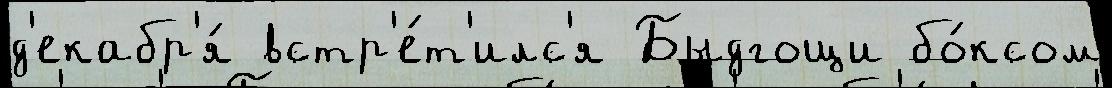
д'екабр'я́ встр'е́т'илс'я Быдгощи бо́ксом